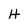
Character: H